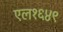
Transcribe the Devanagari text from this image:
एल१६४९